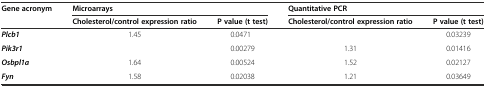
<table><thead><tr><td rowspan="2"><b>Gene acronym</b></td><td colspan="2"><b>Microarrays</b></td><td colspan="2"><b>Quantitative PCR</b></td></tr><tr><td><b>Cholesterol/control expression ratio</b></td><td><b>P value (t test)</b></td><td><b>Cholesterol/control expression ratio</b></td><td><b>P value (t test)</b></td></tr></thead><tbody><tr><td><b><i>Plcb1</i></b></td><td>1.45</td><td>0.0471</td><td>[EMPTY_CELL]</td><td>0.03239</td></tr><tr><td><b><i>Pik3r1</i></b></td><td>[EMPTY_CELL]</td><td>0.00279</td><td>1.31</td><td>0.01416</td></tr><tr><td><b><i>Osbpl1a</i></b></td><td>1.64</td><td>0.00524</td><td>1.52</td><td>0.02127</td></tr><tr><td><b><i>Fyn</i></b></td><td>1.58</td><td>0.02038</td><td>1.21</td><td>0.03649</td></tr></tbody></table>